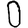
Digit: 0